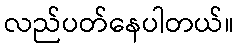
လည်ပတ်နေပါတယ်။